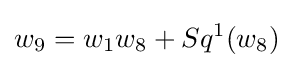
w_{9}=w_{1}w_{8}+Sq^{1}(w_{8})